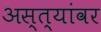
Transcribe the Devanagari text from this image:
अस्त्यांवर